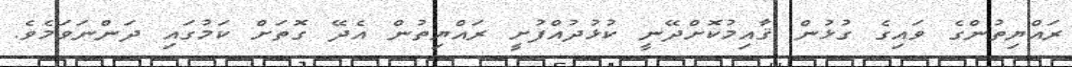
ރައްޔިތުންގެ ވައިގެ ގުޅުން ޤާއިމުކޮށްދޭނީ ކުޅުދުއްފުށީ ރައްޔިތުން އެދޭ ގޮތަށް ކަމުގައި ދަންނަވަމެވެ.